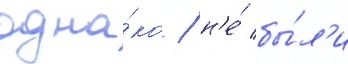
одна́ко / н'е́ бы́л'и